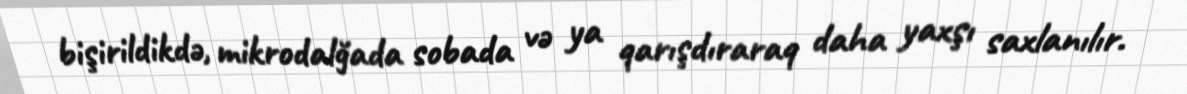
bişirildikdə, mikrodalğada sobada və ya qarışdıraraq daha yaxşı saxlanılır.